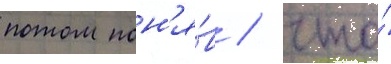
потом пон'я́в / что́